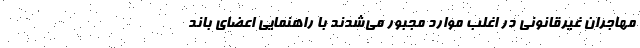
مهاجران غیرقانونی در اغلب موارد مجبور می‌شدند با راهنمایی اعضای باند